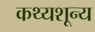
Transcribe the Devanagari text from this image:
कथ्यशून्य